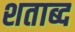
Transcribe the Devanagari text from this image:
शताब्द